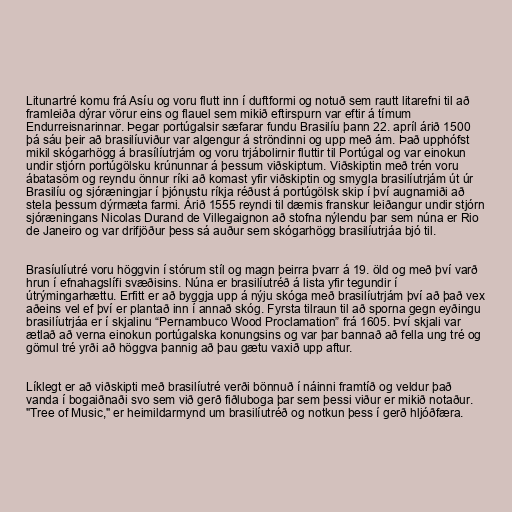
Litunartré komu frá Asíu og voru flutt inn í duftformi og notuð sem rautt litarefni til að
framleiða dýrar vörur eins og flauel sem mikið eftirspurn var eftir á tímum
Endurreisnarinnar. Þegar portúgalsir sæfarar fundu Brasilíu þann 22. apríl árið 1500
þá sáu þeir að brasilíuviður var algengur á ströndinni og upp með ám. Það upphófst
mikil skógarhögg á brasílíutrjám og voru trjábolirnir fluttir til Portúgal og var einokun
undir stjórn portúgölsku krúnunnar á þessum viðskiptum. Viðskiptin með trén voru
ábatasöm og reyndu önnur ríki að komast yfir viðskiptin og smygla brasilíutrjám út úr
Brasilíu og sjóræningjar í þjónustu ríkja réðust á portúgölsk skip í því augnamiði að
stela þessum dýrmæta farmi. Árið 1555 reyndi til dæmis franskur leiðangur undir stjórn
sjóræningans Nicolas Durand de Villegaignon að stofna nýlendu þar sem núna er Rio
de Janeiro og var drifjöður þess sá auður sem skógarhögg brasilíutrjáa bjó til.

Brasíulíutré voru höggvin í stórum stíl og magn þeirra þvarr á 19. öld og með því varð
hrun í efnahagslífi svæðisins. Núna er brasilíutréð á lista yfir tegundir í
útrýmingarhættu. Erfitt er að byggja upp á nýju skóga með brasilíutrjám því að það vex
aðeins vel ef því er plantað inn í annað skóg. Fyrsta tilraun til að sporna gegn eyðingu
brasilíutrjáa er í skjalinu “Pernambuco Wood Proclamation” frá 1605. Því skjali var
ætlað að verna einokun portúgalska konungsins og var þar bannað að fella ung tré og
gömul tré yrði að höggva þannig að þau gætu vaxið upp aftur.

Líklegt er að viðskipti með brasilíutré verði bönnuð í náinni framtíð og veldur það
vanda í bogaiðnaði svo sem við gerð fiðluboga þar sem þessi viður er mikið notaður.
"Tree of Music," er heimildarmynd um brasilíutréð og notkun þess í gerð hljóðfæra.